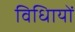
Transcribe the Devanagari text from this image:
विधिायों